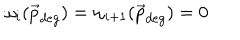
LaTeX: \omega _ { i } ( \vec { p } _ { d e g } ) = \omega _ { i + 1 } ( \vec { p } _ { d e g } ) = 0